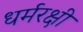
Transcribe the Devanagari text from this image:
धर्मरक्षी